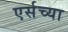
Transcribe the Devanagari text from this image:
एर्सच्या